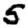
Digit: 5